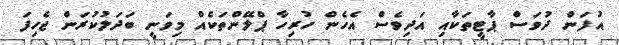
އުފަން ދުވަސް ޕާޓީތަކާއި އަދިވެސް އެހެން ހުރިހާ ޕްލޭންތަކެއް މިވަނީ ބަދަލުކުރަން ޖެހިފަ